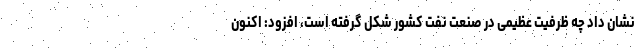
نشان داد چه ظرفیت عظیمی در صنعت نفت کشور شکل گرفته است، افزود: اکنون